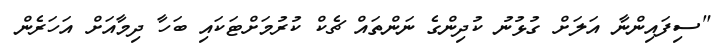
"ސިފައިންނާ އަލަށް ގުޅުނު ކުދިންގެ ނަންތައް ޗެކް ކުރުމަށްޓަކައި ބަހާ ދިމާއަށް އަހަރެން